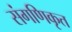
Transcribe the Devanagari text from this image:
संगणिकृत